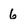
Character: 6